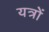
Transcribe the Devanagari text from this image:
यत्रों